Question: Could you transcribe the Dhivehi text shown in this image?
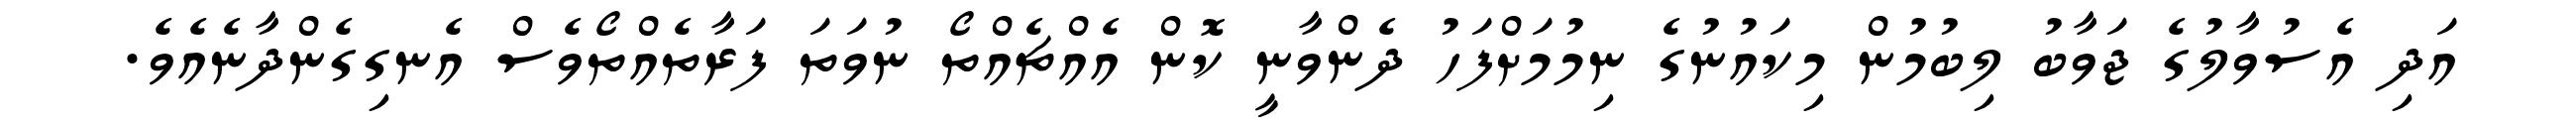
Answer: އަދި އެސުވާލުގެ ޖަވާބު ލިބުމުން މިކައުނުގެ ނިމުމަށްފަހު ދެންވާނީ ކޮން އެއްޗެއްތޯ ނުވަތަ ފަރާތެއްތޯވެސް އެނގިގެންދާނެއެވެ.